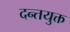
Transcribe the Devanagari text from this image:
दन्तयुक्त